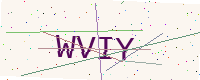
Text: WVIY